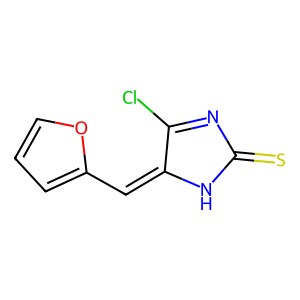
SMILES: S=C1N=C(Cl)C(=Cc2ccco2)N1
Inhibits HIV replication: No